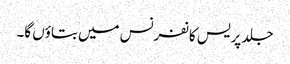
جلد پریس کانفرنس میں بتاؤں گا۔